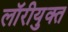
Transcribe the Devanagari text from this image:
लॉरीयुक्त